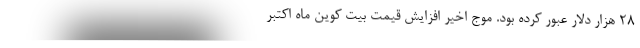
۲۸ هزار دلار عبور کرده بود. موج اخیر افزایش قیمت بیت کوین ماه اکتبر